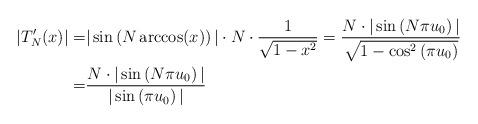
LaTeX: \begin{align*} \begin{aligned} |T_{N}'(x)|= & |\sin\left(N \arccos (x) \right)|\cdot N \cdot \frac{1}{\sqrt{1-x^{2}}}=\frac{N\cdot |\sin\left(N\pi u_{0}\right)|}{\sqrt{1-\cos^{2}\left(\pi u_{0}\right)}} \\ = & \frac{N\cdot |\sin\left(N\pi u_{0}\right)|}{|\sin\left(\pi u_{0}\right)|}\end{aligned}\end{align*}